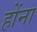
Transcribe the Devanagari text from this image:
होंना